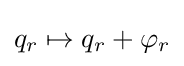
q_{r}\mapsto q_{r}+\varphi _{r}